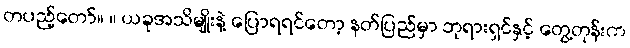
တပည့်တော်။ ။ ယခုအသိမျိုးနဲ့ ပြောရရင်တော့ နတ်ပြည်မှာ ဘုရားရှင်နှင့် တွေ့တုန်းက